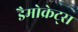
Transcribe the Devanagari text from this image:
डैमोक्रेट्स